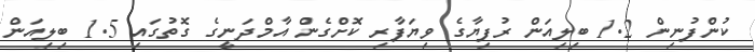
ކުންފުނިން 1.2 ބިލިއަން ރުފިޔާގެ ވިޔަފާރި ކޮށްގެން އާމްދަނީގެ ގޮތުގައި 1.5 ބިލިއަން